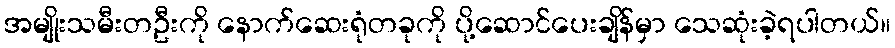
အမျိုးသမီးတဦးကို နောက်ဆေးရုံတခုကို ပို့ဆောင်ပေးချိန်မှာ သေဆုံးခဲ့ရပါတယ်။